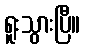
ရူးသွားပြီ။